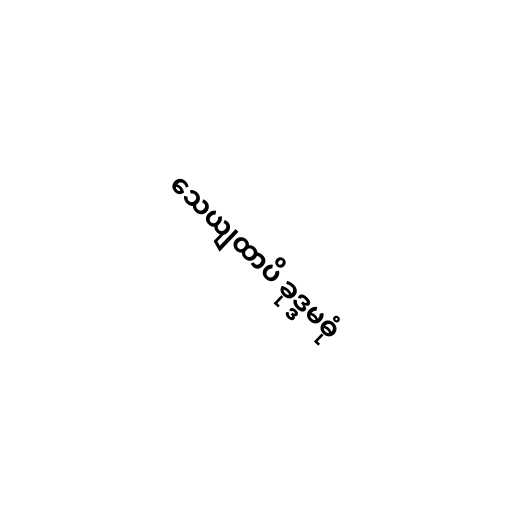
သေယျထာပိ ခုဒ္ဒမဓုံ